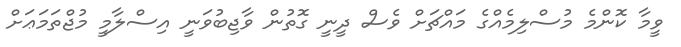
ވީމާ ކޮންމެ މުސްލިމެއްގެ މައްޗަށް ވެސް ދީނީ ގޮތުން ވާޖިބުވަނީ އިސްލާމީ މުޖްތަމަޢަށް